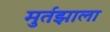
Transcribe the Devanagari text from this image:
मुर्तझाला